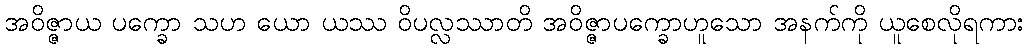
အဝိဇ္ဇာယ ပက္ခော သဟ ယော ယဿ ဝိပလ္လဿာတိ အဝိဇ္ဇာပက္ခောဟူသော အနက်ကို ယူစေလိုရကား